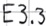
Text: E3.3